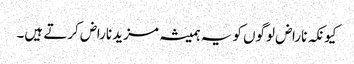
کیونکہ ناراض لوگوں کو یہ ہمیشہ مزید ناراض کرتے ہیں۔